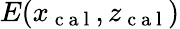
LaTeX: E(x_{\mathrm{~c~a~l~}},z_{\mathrm{~c~a~l~}})